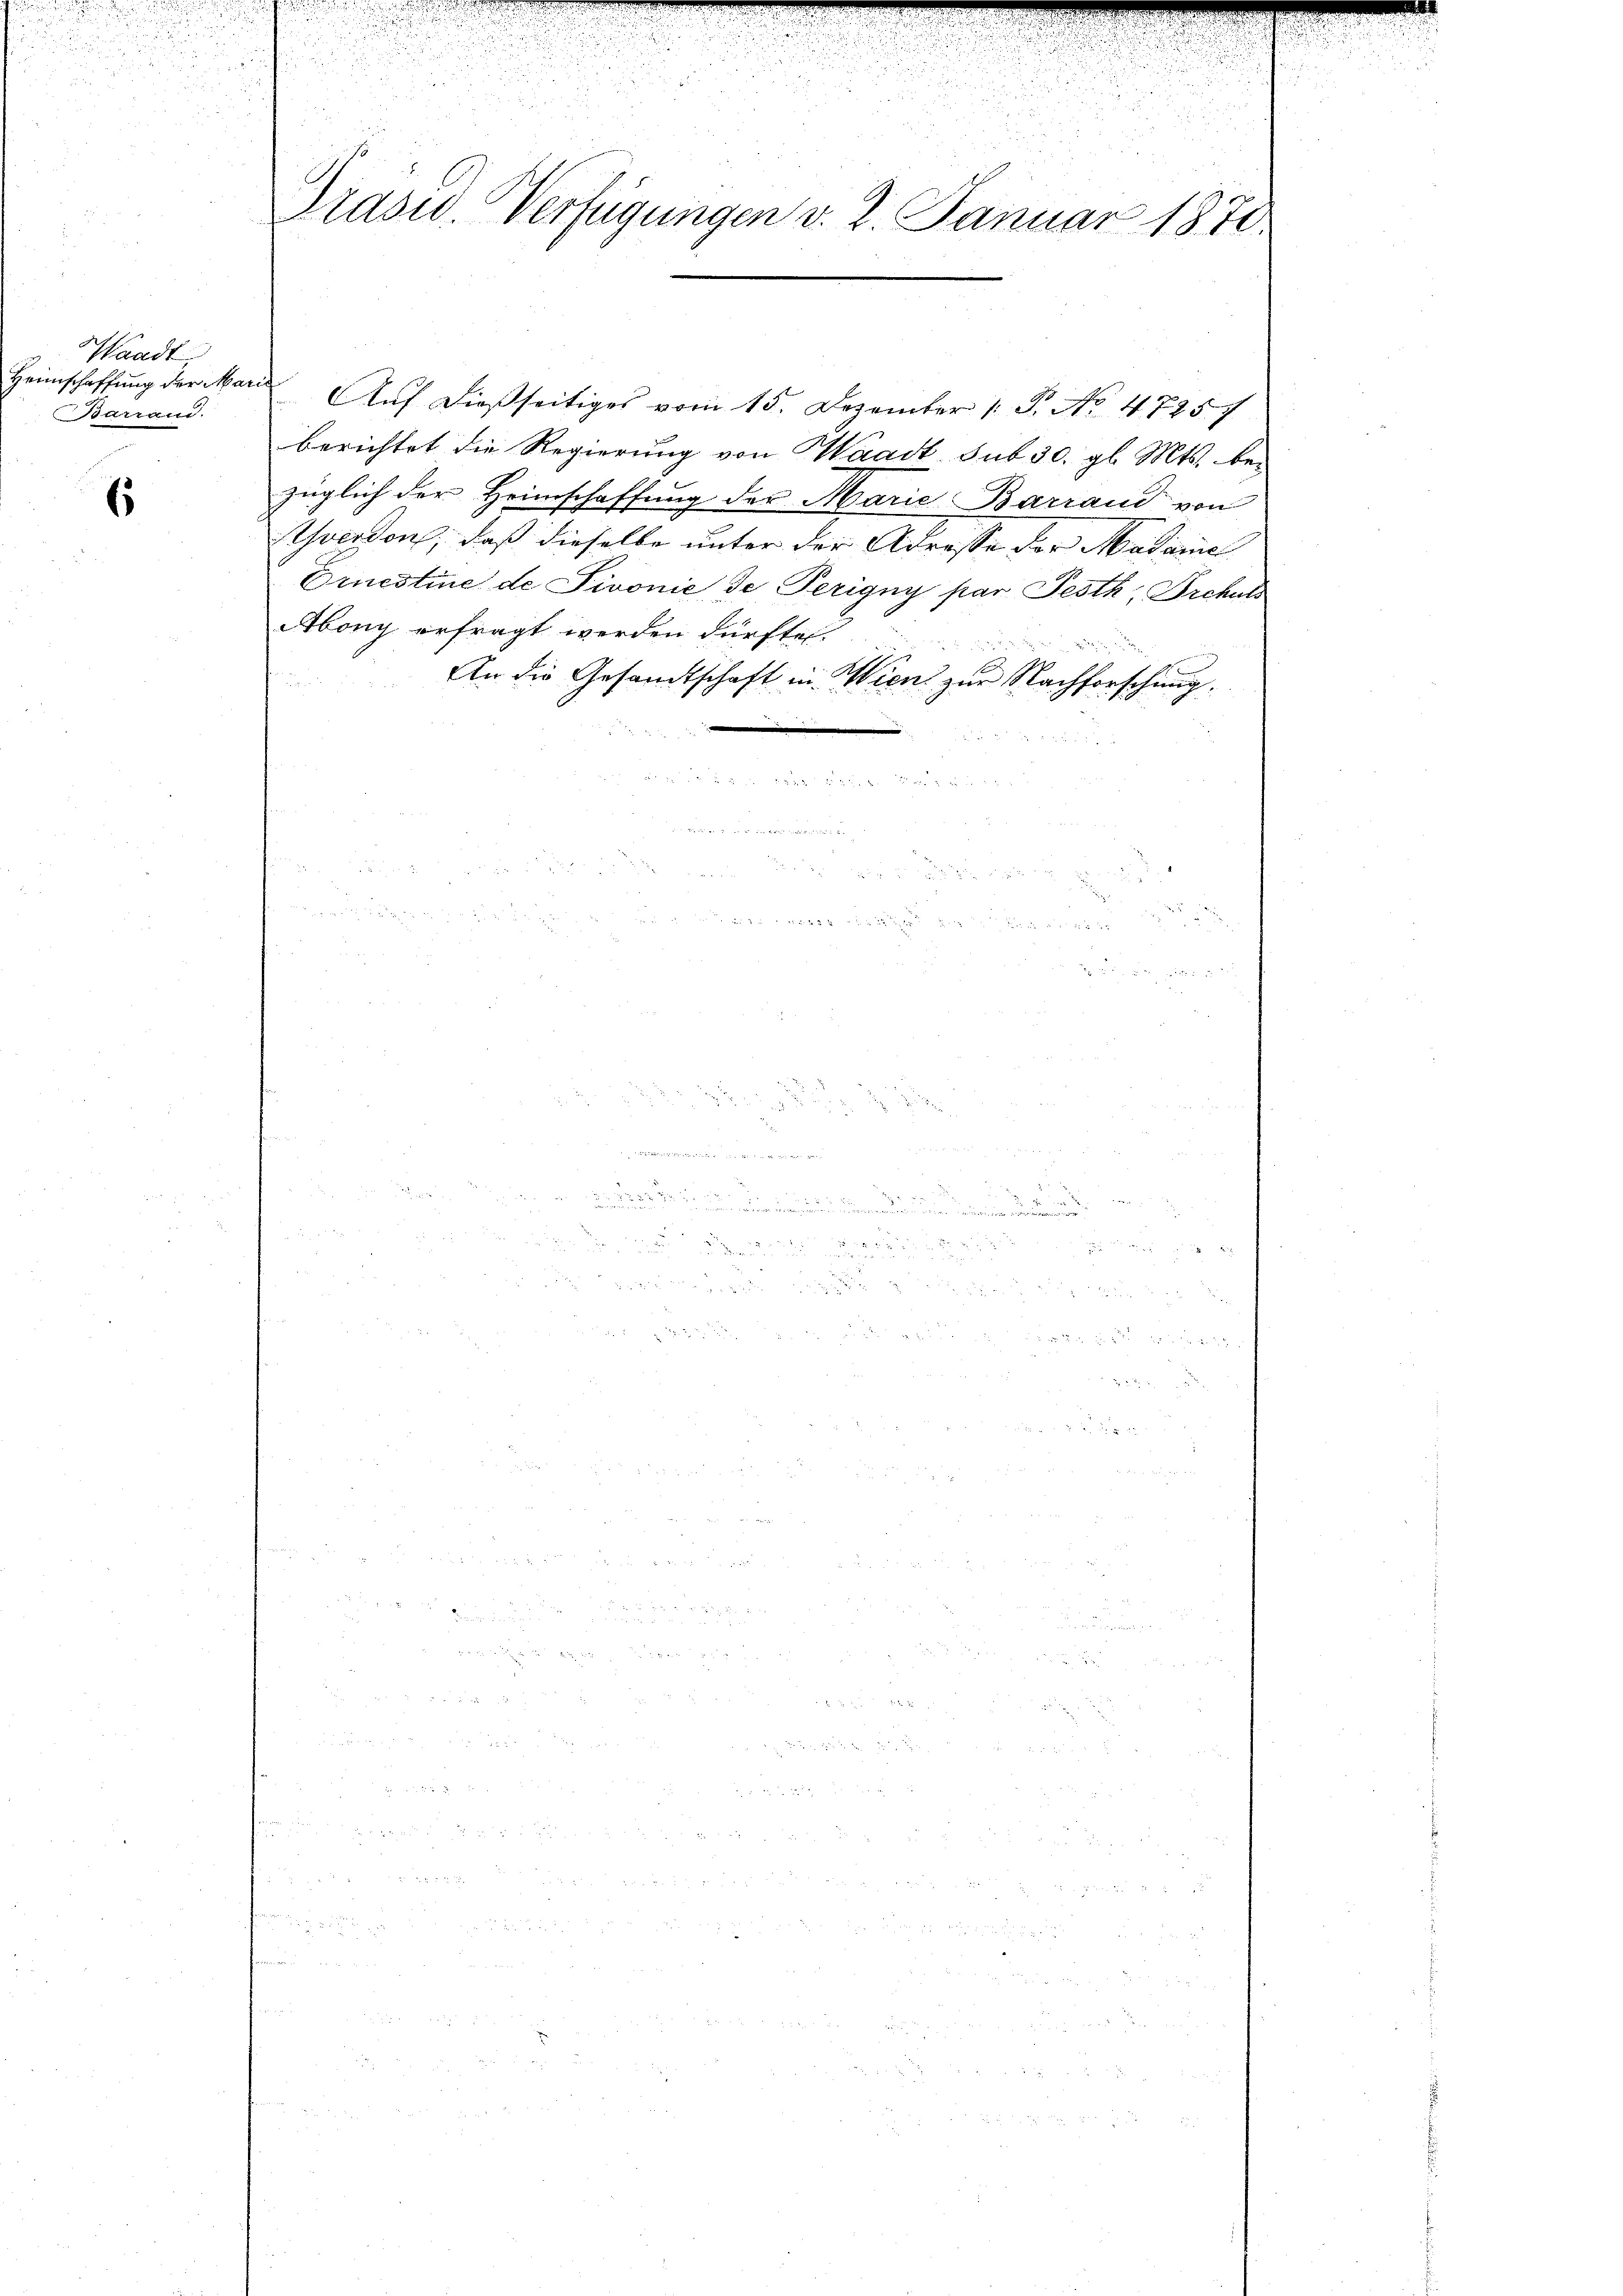
u
u

u
Präsid. Verfügungen v. 2. Januar 1870.

u

Waadt
Heimschaffung der Marie
Barraus.

6

Auf dießseitiges vom 15. Dezember 1 S. No. 47257
berichtet die Regierung von Waadt sub 30. gl. Mts. bezüglich der Heimschaffung der Marie Barrand von
Ahverdon, daß dieselbe unter der Adresse der Madriae
Ernestine de Pivonie, de Perigny par Festh, Drehuts
Abony erfragt werden dürfte
An die Gesandtschaft in Wien zur Nachforschung,

 x

 2 x

  der den war den wenn namen wenn
u
.

x

2
2
 0 x

.

u

br 52 f. 7 20
 20 x

n